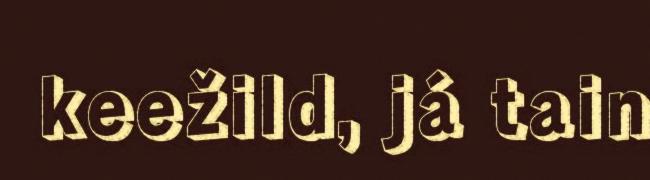
keežild, já tain